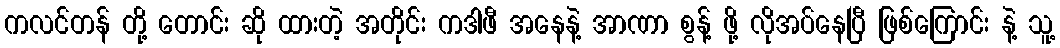
ကလင်တန် တို့ တောင်း ဆို ထားတဲ့ အတိုင်း ကဒါဖီ အနေနဲ့ အာဏာ စွန့် ဖို့ လိုအပ်နေပြီ ဖြစ်ကြောင်း နဲ့ သူ့